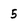
Character: 5